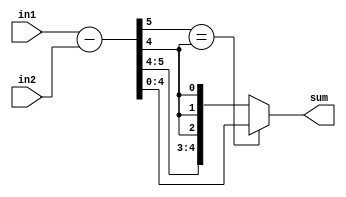
module QuantizedSubber(sum, in1, in2);
	parameter 	prec = 5;

	output 	signed 		[prec - 1 : 0] 	sum;
	input 	signed		[prec - 1 : 0] 	in1;
	input 	signed		[prec - 1 : 0]	in2;
	wire 	signed		[prec	  : 0]	sum_wire;

	assign sum_wire = in1 - in2;
	assign sum 		= (sum_wire[prec] == sum_wire[prec-1]) ? sum_wire[prec - 1 : 0] : {sum_wire[prec],{(prec - 1){sum_wire[prec - 1]}}};
	
endmodule